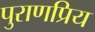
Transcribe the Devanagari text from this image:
पुराणप्रिय